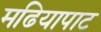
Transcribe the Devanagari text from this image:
मढियापाट